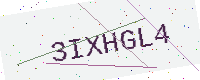
Text: 3IXHGL4